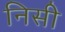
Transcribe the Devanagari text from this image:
निसी